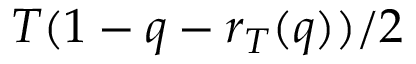
T ( 1 - q - r _ { T } ( q ) ) / 2